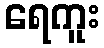
ရေကူး